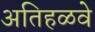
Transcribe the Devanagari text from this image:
अतिहळवे